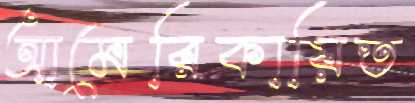
আমেরিকায়িত